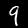
Label: 9